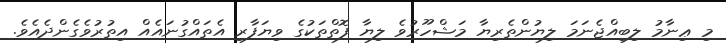
މި ޢިނާމު ލިބިއްޖެނަމަ ލިޔުންތެރިޔާ މަޝްހޫރުވެ ލިޔާ ފޮތްތަކުގެ ވިޔަފާރި އެތައްގުނައެއް އިތުރުވެގެންދެއެވެ.